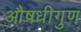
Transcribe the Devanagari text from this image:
औषधीगुण